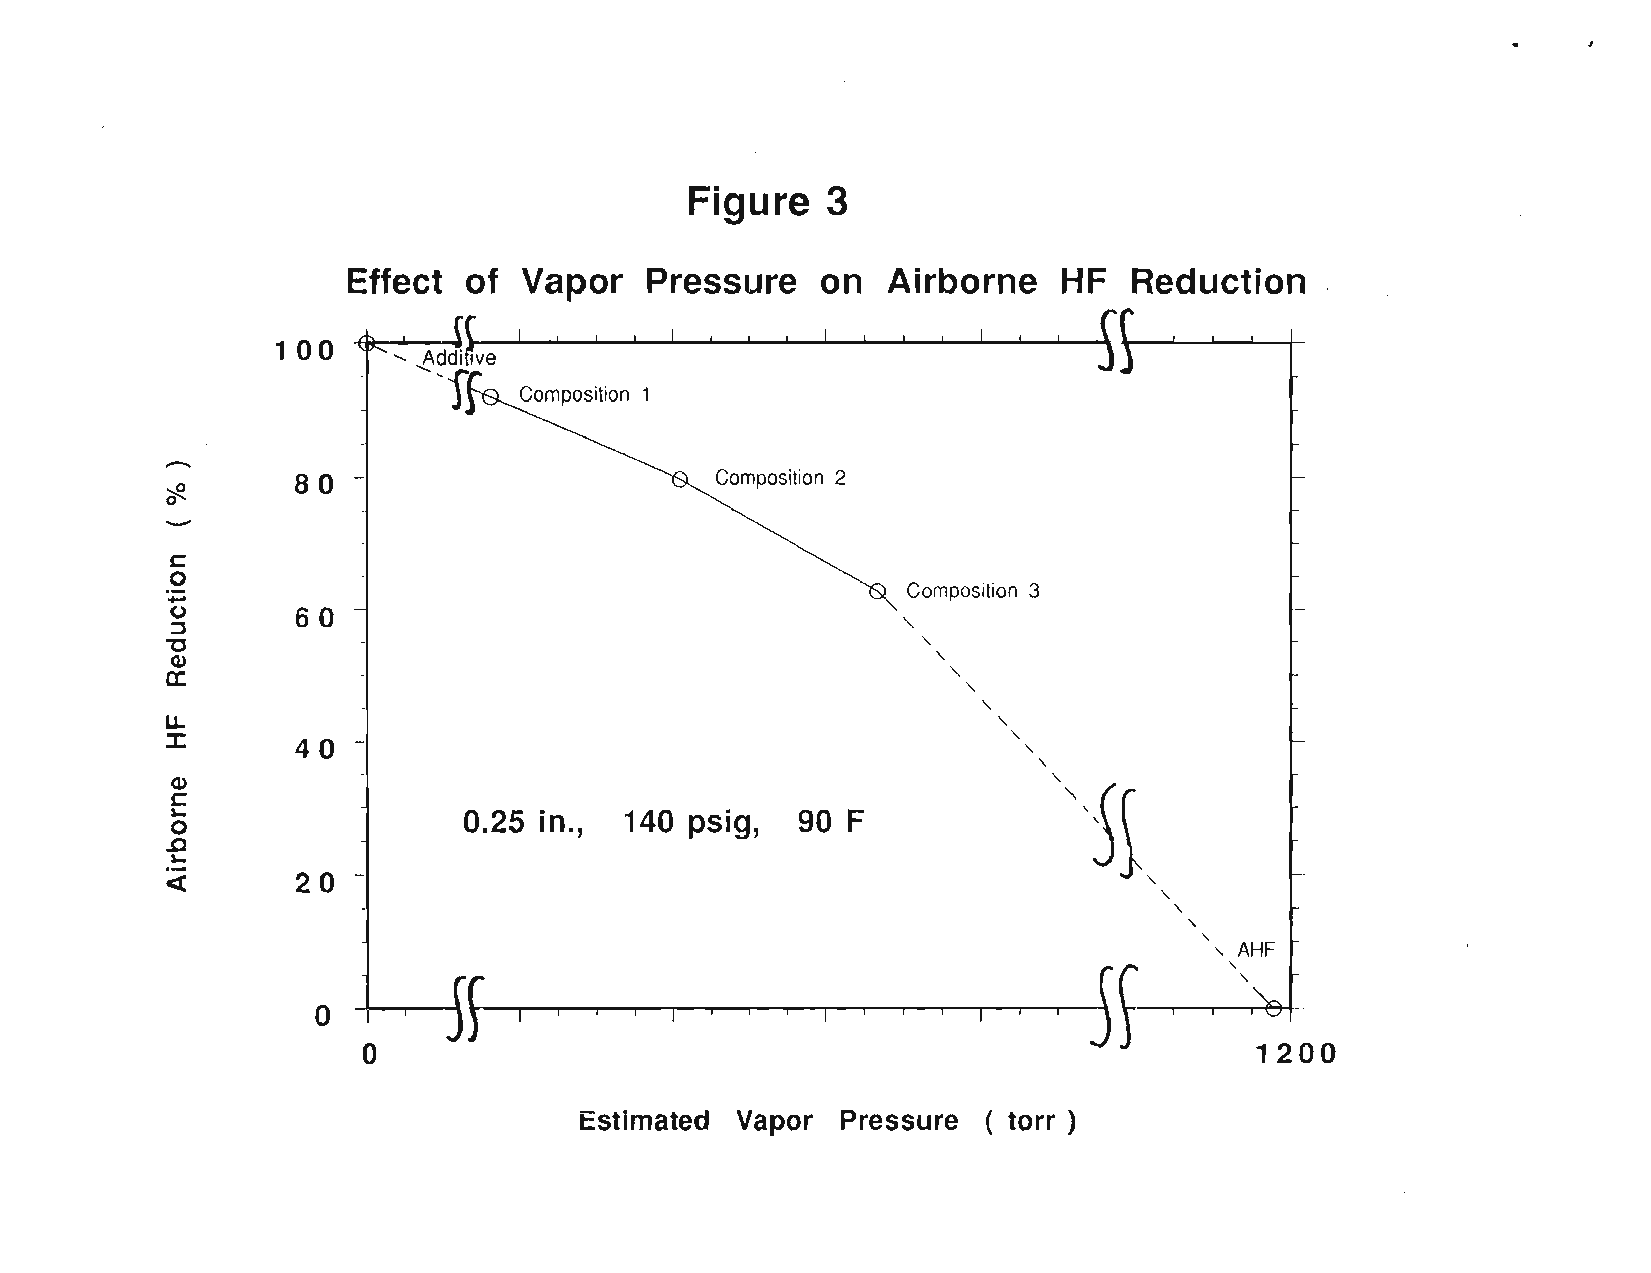
Figure   3
 Effect  of  Vapor   Pressure   on   Airborne   HF   Reduction
 5'
 ~ ..,e.d~~ve
 m:
 100             I  ! !  ! I  !  ! !  I !  ! !  I !  !   t        ! I
 'f~
 Composition 1
 -
 80  ­                       Composition 2
 -'ifl
 c
 o
 .....                                            Composition 3
 (.)      60
 "
 ::J
 "0                                                "
 (1)                                                "
 0::                                                 "
 "
 "
 L1.                                                    "
 ::z:     40 ­                                           "
 "
 "
 (1)                                                        "
 c
 "5~
 'o­                 0.25 in., 140  psig,  90 F
 .c
 '-
 «        20 ­
 "
 "
 "
 "
 "
 5       " A,HF
 f
 "
 "
 ~
 o
 --t---T---il                                                A I
 o
 1200
 J
 Estimated  Vapor  Pressure (torr)